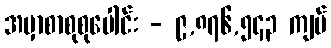
အမှာစာစုစုပေါင်း - ၉,၈၇၆,၅၄၃ ကျပ်